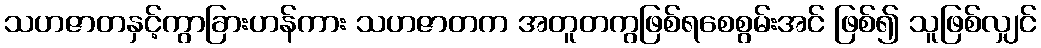
သဟဇာတနှင့်ကွာခြားဟန်ကား သဟဇာတက အတူတကွဖြစ်ရစေစွမ်းအင် ဖြစ်၍ သူဖြစ်လျှင်